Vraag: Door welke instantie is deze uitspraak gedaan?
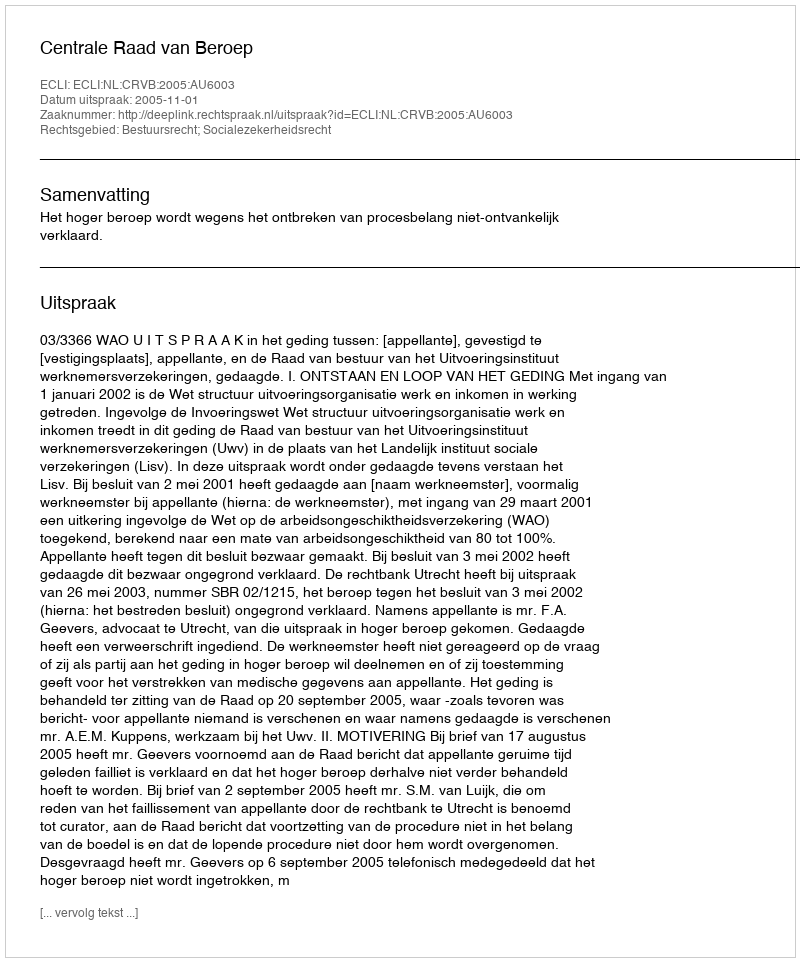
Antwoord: Centrale Raad van Beroep